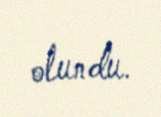
olundu.